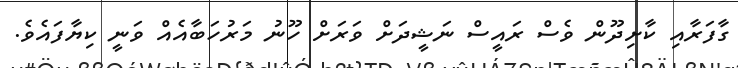
ގާފަރާއި ކާށިދޫން ވެސް ރައީސް ނަޝީދަށް ވަރަށް ހޫނު މަރުހަބާއެއް ވަނީ ކިޔާފައެވެ.